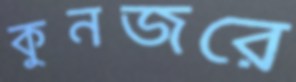
কুনজরে